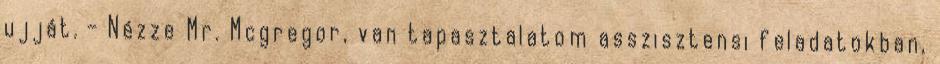
ujját. - Nézze Mr. Mcgregor, van tapasztalatom asszisztensi feladatokban,